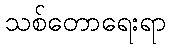
သစ်တောရေးရာ